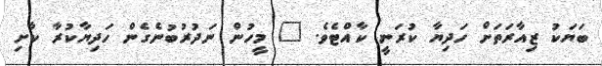
ބަޔަކު ޒިއާރަތަށް ހަދިޔާ ކުރަނީ ކާއްޓެވެ. " މީހުން ނަދުރުބުނެގެން ހަދިޔާކުރާ ކާށި